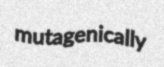
mutagenically